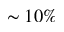
\sim 1 0 \%